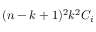
( n - k + 1 ) ^ { 2 } k ^ { 2 } C _ { i }